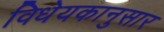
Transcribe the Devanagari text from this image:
विधेयकानुसार